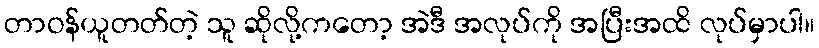
တာဝန်ယူတတ်တဲ့ သူ ဆိုလို့ကတော့ အဲဒီ အလုပ်ကို အပြီးအထိ လုပ်မှာပါ။